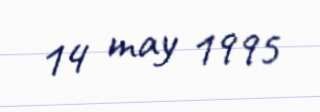
14 may 1995